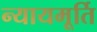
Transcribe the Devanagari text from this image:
न्‍यायमूर्ति